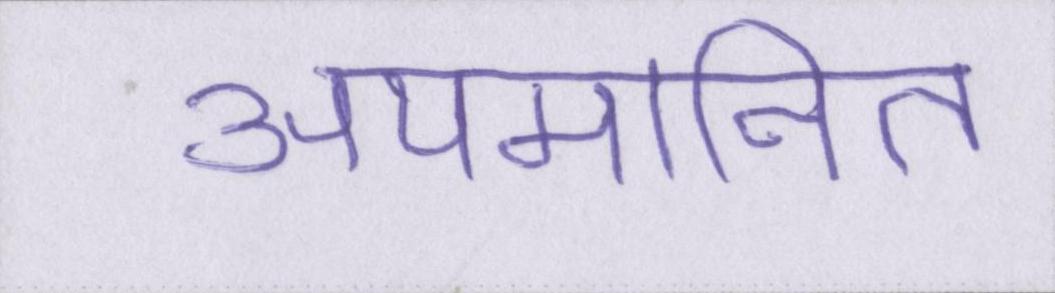
अपमानित